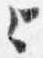
上